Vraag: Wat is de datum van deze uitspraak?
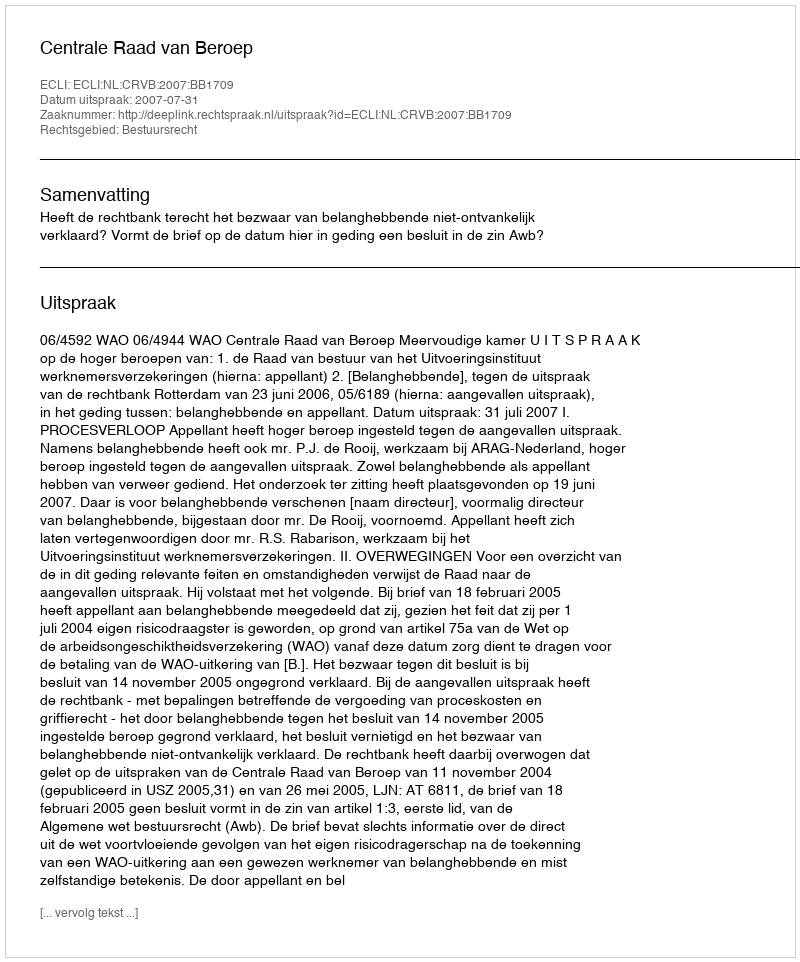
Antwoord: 2007-07-31